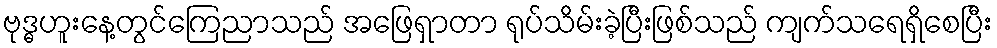
ဗုဒ္ဓဟူးနေ့တွင်ကြေညာသည် အဖြေရှာတာ ရုပ်သိမ်းခဲ့ပြီးဖြစ်သည် ကျက်သရေရှိစေပြီး